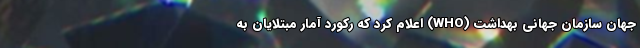
جهان سازمان جهانی بهداشت (WHO) اعلام کرد که رکورد آمار مبتلایان به